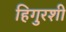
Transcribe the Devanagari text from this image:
हिगुरशी